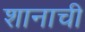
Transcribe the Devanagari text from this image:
शानाची